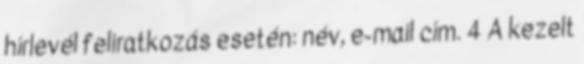
hírlevél feliratkozás esetén: név, e-mail cím. 4 A kezelt